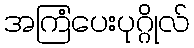
အကြံပေးပုဂ္ဂိုလ်